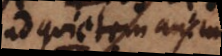
ad quietem animi